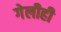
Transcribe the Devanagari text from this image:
गेलीही